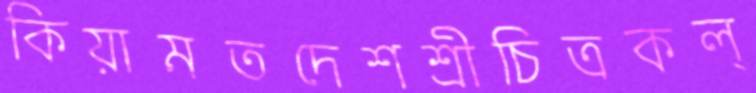
কিয়ামতদেশশ্রীচিত্রকল্